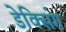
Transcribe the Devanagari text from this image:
डेक्सिंग